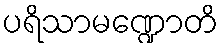
ပရိသာမဏ္ဍောတိ